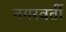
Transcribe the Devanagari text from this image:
नगरवर्ती